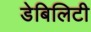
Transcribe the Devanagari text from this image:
डेबिलिटी